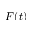
F ( t )